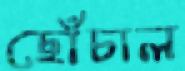
ছোঁচাল